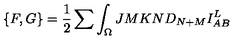
\{ F , G \} = { \frac { 1 } { 2 } } \sum \int _ { \Omega } { \binom { J } { M } } { \binom { K } { N } } D _ { N + M } I _ { A B } ^ { L }